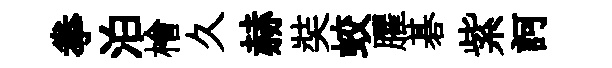
拳泊檜久赫奘蛟臞碁紫訶